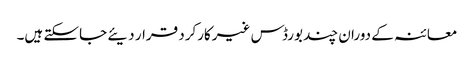
معائنہ کے دوران چند بورڈس غیرکارکرد قرار دیئے جاسکتے ہیں۔